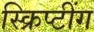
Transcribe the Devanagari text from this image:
स्क्रिप्टींग